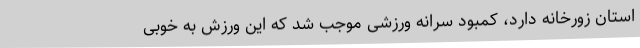
استان زورخانه دارد، کمبود سرانه ورزشی موجب شد که این ورزش به‌ خوبی